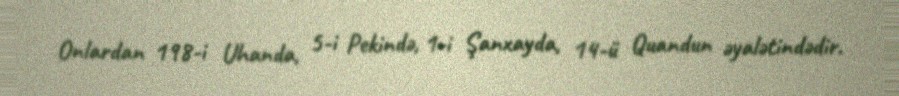
Onlardan 198-i Uhanda, 5-i Pekində, 1-i Şanxayda, 14-ü Quandun əyalətindədir.